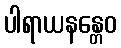
ပါရာယနန္တေဝ